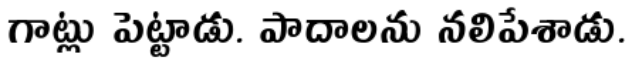
గాట్లు పెట్టాడు. పాదాలను నలిపేశాడు.